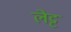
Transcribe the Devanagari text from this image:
लेट्ट